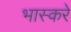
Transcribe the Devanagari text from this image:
भास्करे